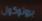
بروتوكول